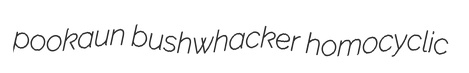
pookaun bushwhacker homocyclic